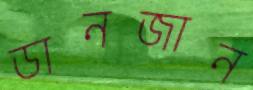
ডানজান